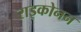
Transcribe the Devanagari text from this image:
राइकोनन